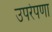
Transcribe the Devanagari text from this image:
उपरेपणा